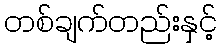
တစ်ချက်တည်းနှင့်